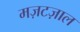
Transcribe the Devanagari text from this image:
मज़टज़ाल